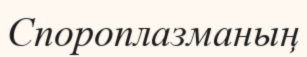
Спороплазманың